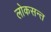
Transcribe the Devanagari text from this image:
लोकसन्त